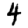
Digit: 4